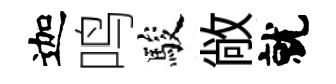
迦鸣駿敞就